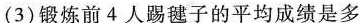
(3)锻炼前4人踢毽子的平均成绩是多